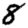
Digit: 8